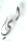
لي